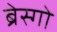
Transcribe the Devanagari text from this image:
ब्रेस्गो